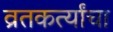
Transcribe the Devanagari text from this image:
व्रतकर्त्यांचा